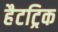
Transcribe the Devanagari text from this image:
हैटट्रिक